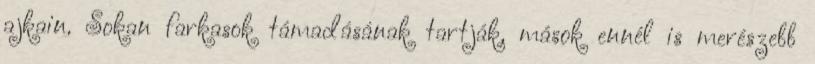
ajkain. Sokan farkasok támadásának tartják, mások ennél is merészebb